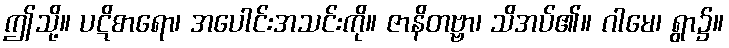
ဤသို့။ ပဋိစာရော၊ အပေါင်းအသင်းကို။ ဇာနိတဗ္ဗာ၊ သိအပ်၏။ ဂါမေ၊ ရွာ၌။